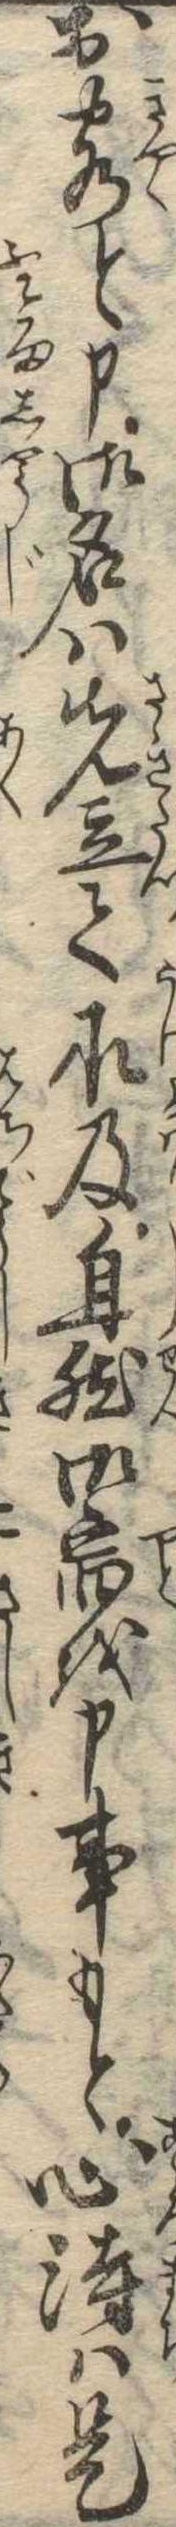
お客と申御名は先立て承及自然御宿を申事もと心待は是